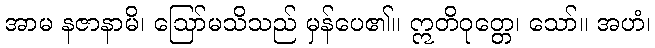
အာမ နဇာနာမိ၊ ဩော်မသိသည် မှန်ပေ၏။ ဣတိဝုတ္တေ၊ သော်။ အဟံ၊